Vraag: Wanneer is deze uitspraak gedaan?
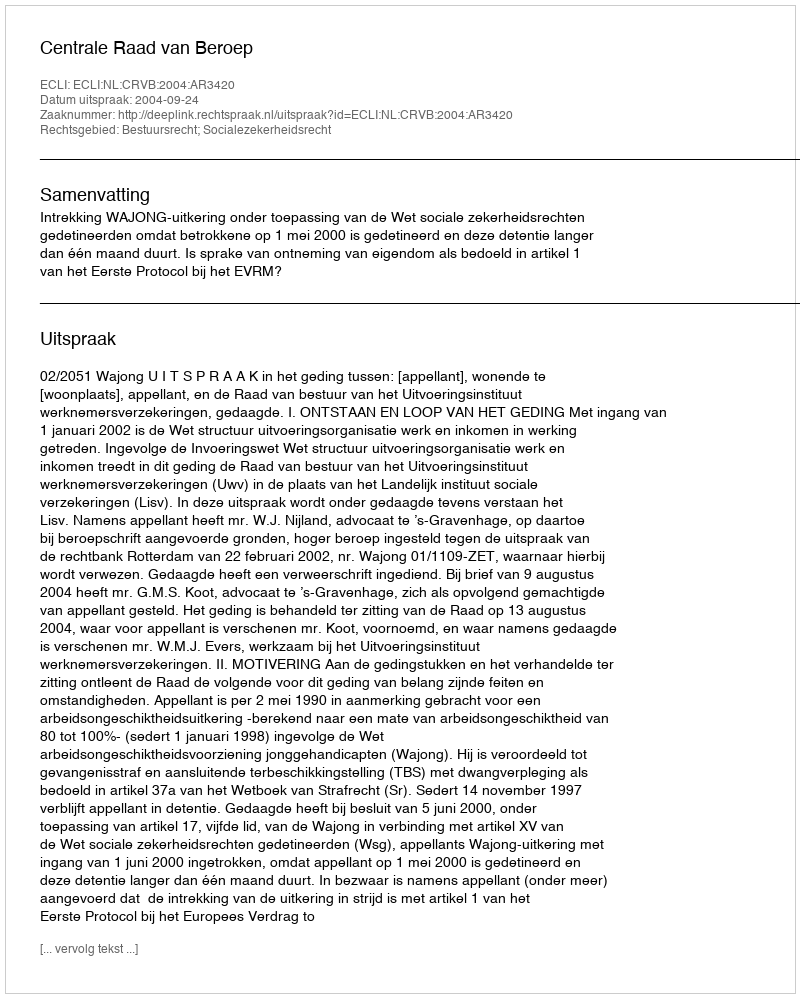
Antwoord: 2004-09-24